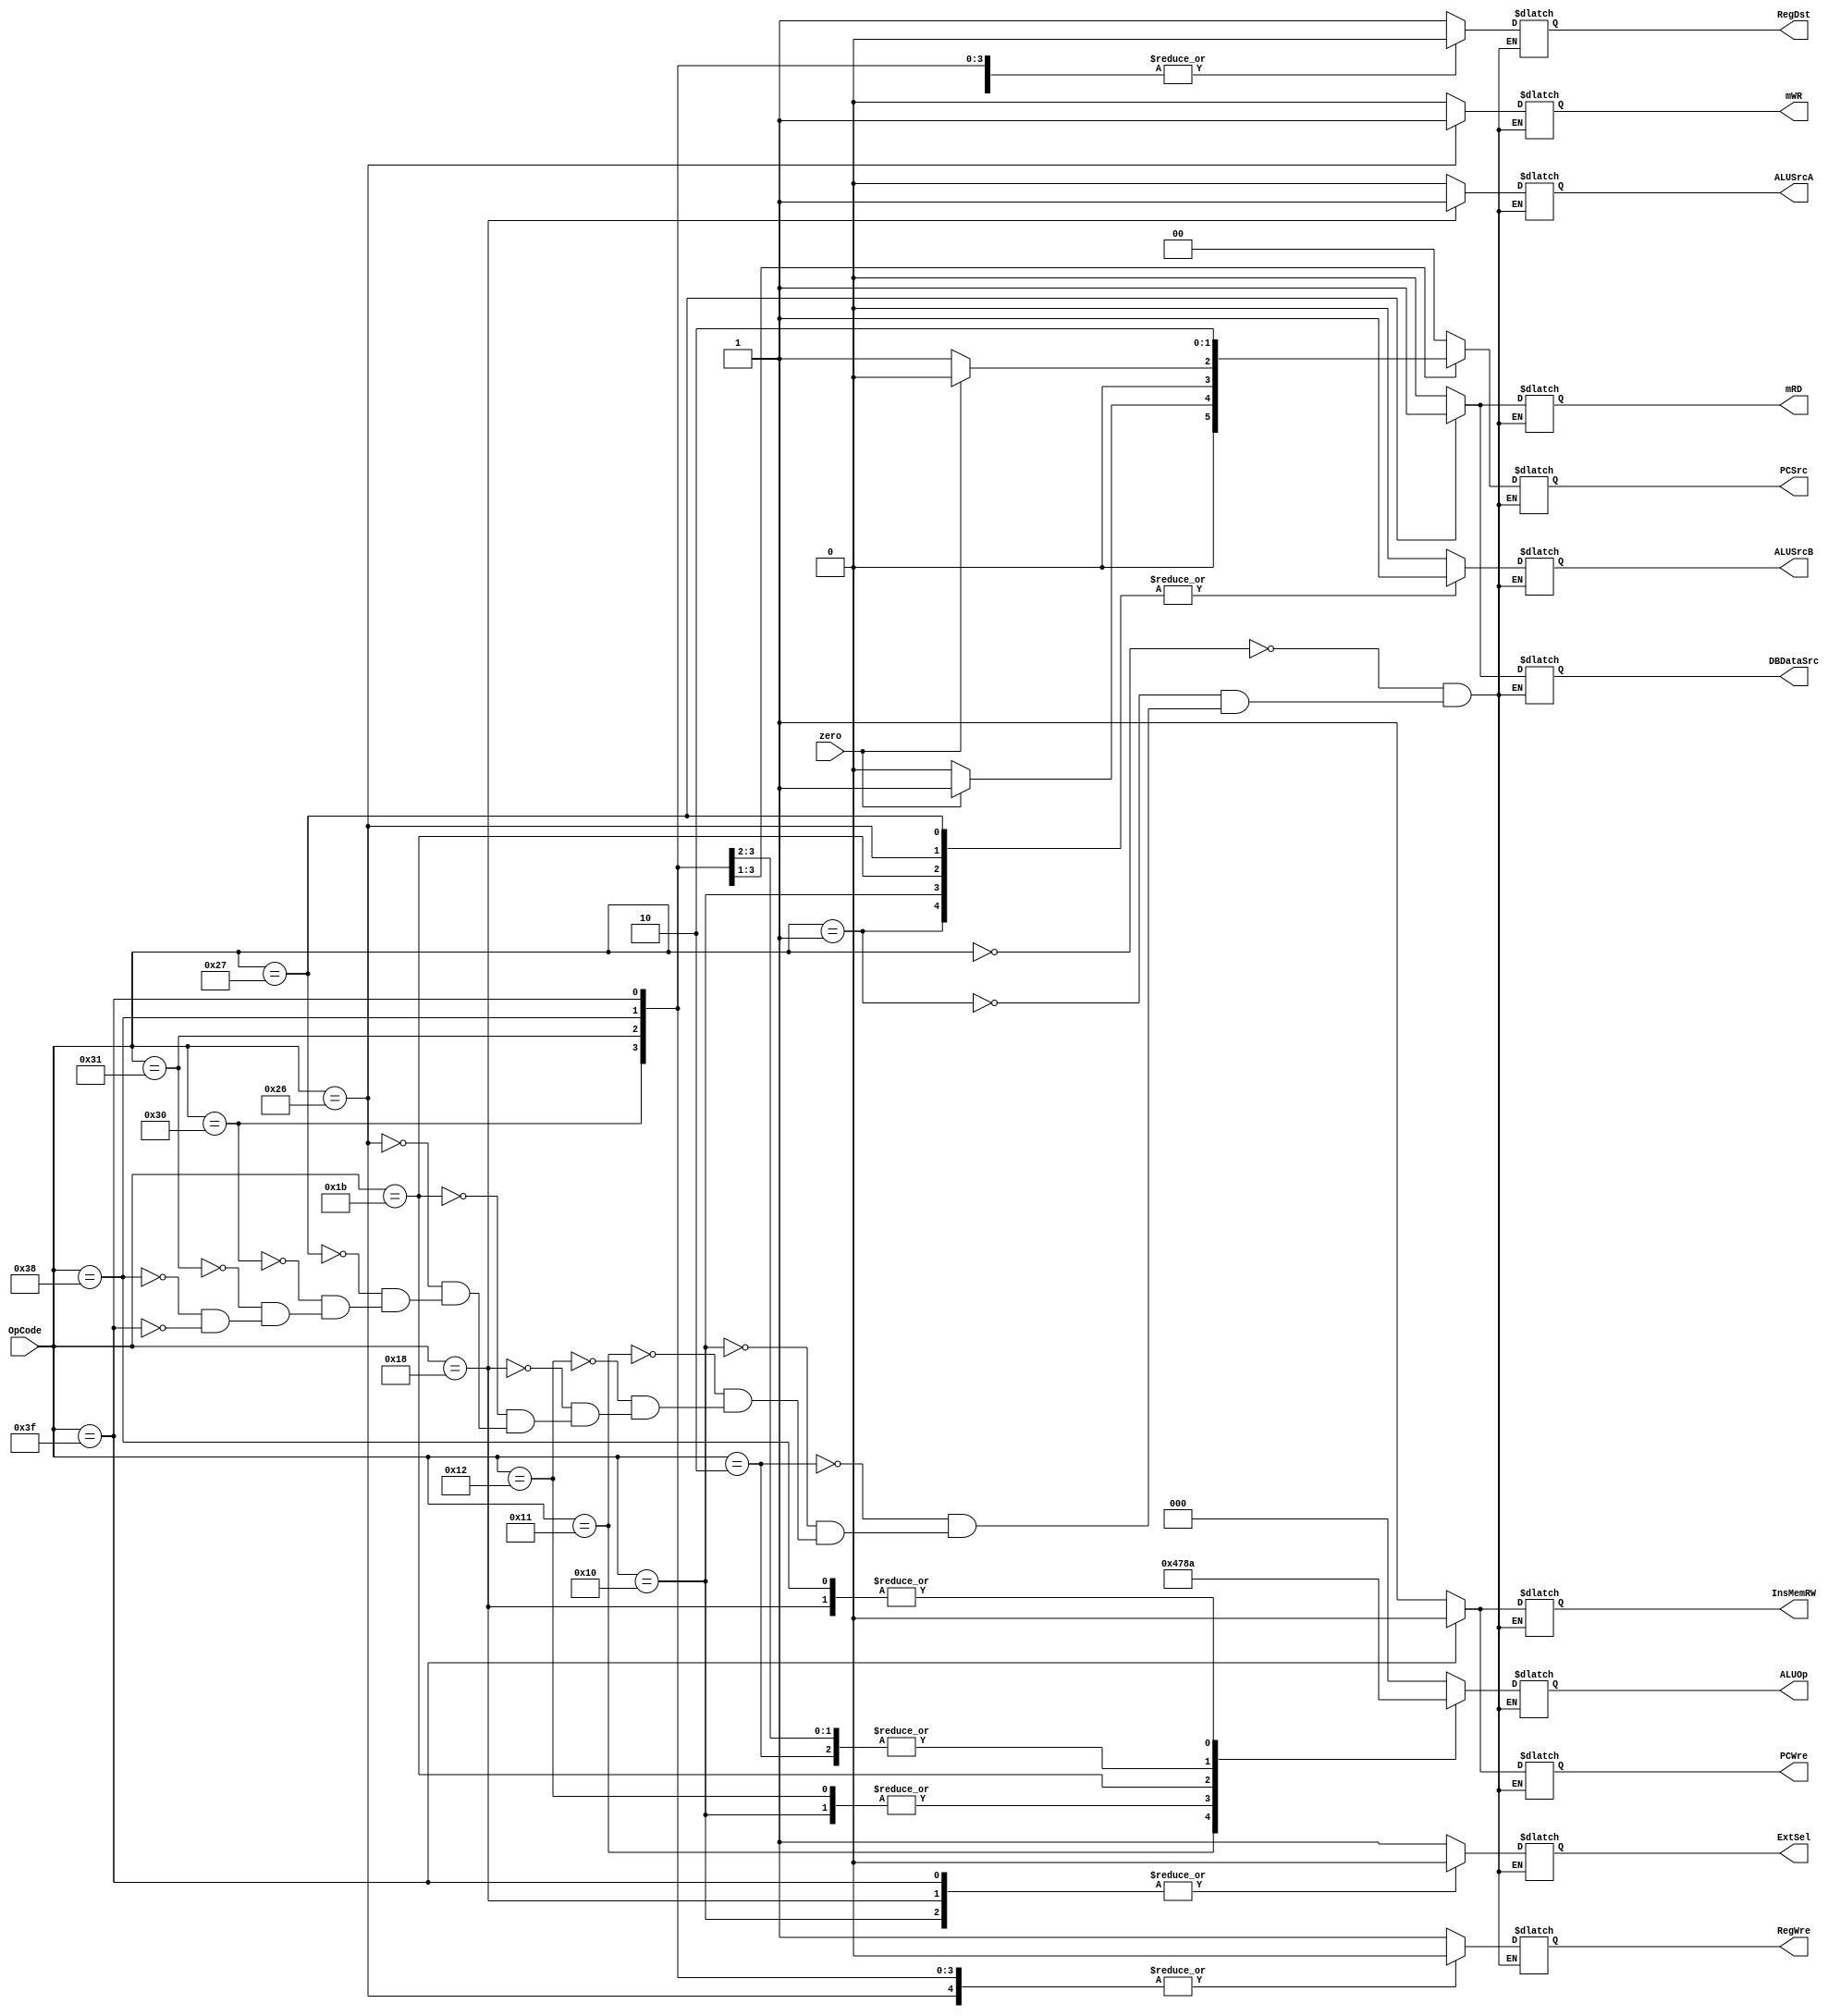
`timescale 1ns / 1ps
//////////////////////////////////////////////////////////////////////////////////
// Company: 
// Engineer: 
// 
// Design Name: 
// Module Name: ControlUnit
// Project Name: 
// Target Devices: 
// Tool Versions: 
// Description: 
// 
// Dependencies: 
// 
// Revision:
// Revision 0.01 - File Created
// Additional Comments:
// 
//////////////////////////////////////////////////////////////////////////////////


module ControlUnit(
    input [5:0] OpCode,
    input zero, 
    // 
    output reg ExtSel,
    // PC
    output reg PCWre,
    // 
    output reg InsMemRW,
    // ALU
    output reg ALUSrcA,
    // ALU
    output reg ALUSrcB,
    // 
    output reg mRD,
    // 
    output reg mWR,
    // 
    output reg DBDataSrc,
    // 
    output reg RegWre,
    // 
    output reg RegDst,
    // 
    output reg [1:0] PCSrc,
    // operator 3 bits
    output reg [2:0] ALUOp);

    initial begin
        ExtSel = 0;
        PCWre = 0;
        InsMemRW = 1;
        ALUSrcA = 0;
        ALUSrcB = 0;
        RegDst = 0;
        DBDataSrc = 0;
        RegWre = 0;
    end

    always@(OpCode or zero) 
    begin
        case(OpCode)
            6'b000000:
            // add
            begin
                PCWre = 1;
                InsMemRW = 1;
                mRD = 0;
                mWR = 0;
                ALUSrcA = 0;
                ALUSrcB = 0;
                ExtSel = 1;
                DBDataSrc = 0;
                RegWre = 1;
                RegDst = 1;
                PCSrc = 00;
                ALUOp = 000;
            end
            6'b000001:
            // addi
            begin
                PCWre = 1;
                InsMemRW = 1;
                mRD = 0;
                mWR = 0;
                ALUSrcA = 0;
                ALUSrcB = 1;
                ExtSel = 1;
                DBDataSrc = 0;
                RegWre = 1;
                RegDst = 0;
                PCSrc = 00;
                ALUOp = 000;
            end
            6'b000010:
            // sub
            begin
                PCWre = 1;
                InsMemRW = 1;
                mRD = 0;
                mWR = 0;
                ALUSrcA = 0;
                ALUSrcB = 0;
                ExtSel = 1;
                DBDataSrc = 0;
                RegWre = 1;
                RegDst = 1;
                PCSrc = 00;
                ALUOp = 001;
            end
            6'b010000:
            // ori
            begin
                PCWre = 1;
                InsMemRW = 1;
                mRD = 0;
                mWR = 0;
                ALUSrcA = 0;
                ALUSrcB = 1;
                ExtSel = 0;
                DBDataSrc = 0;
                RegWre = 1;
                RegDst = 0;
                PCSrc = 00;
                ALUOp = 011;
            end
            6'b010001:
            // and
            begin
                PCWre = 1;
                InsMemRW = 1;
                mRD = 0;
                mWR = 0;
                ALUSrcA = 0;
                ALUSrcB = 0;
                ExtSel = 1;
                DBDataSrc = 0;
                RegWre = 1;
                RegDst = 1;
                PCSrc = 00;
                ALUOp = 100;
            end
            6'b010010:
            // or
            begin
                PCWre = 1;
                InsMemRW = 1;
                mRD = 0;
                mWR = 0;
                ALUSrcA = 0;
                ALUSrcB = 0;
                ExtSel = 1;
                DBDataSrc = 0;
                RegWre = 1;
                RegDst = 1;
                PCSrc = 00;
                ALUOp = 011;
            end
            6'b011000:
            // sll
            begin
                PCWre = 1;
                InsMemRW = 1;
                mRD = 0;
                mWR = 0;
                ALUSrcA = 1;
                ALUSrcB = 0;
                ExtSel = 0;
                DBDataSrc = 0;
                RegWre = 1;
                RegDst = 1;
                PCSrc = 00;
                ALUOp = 010;
            end
            6'b011011:
            // slti
            begin
                PCWre = 1;
                InsMemRW = 1;
                mRD = 0;
                mWR = 0;
                ALUSrcA = 0;
                ALUSrcB = 1;
                ExtSel = 1;
                DBDataSrc = 0;
                RegWre = 1;
                RegDst = 0;
                PCSrc = 00;
                ALUOp = 110;
            end
            6'b100110:
            // sw
            begin
                PCWre = 1;
                InsMemRW = 1;
                mRD = 0;
                mWR = 1;
                ALUSrcA = 0;
                ALUSrcB = 1;
                ExtSel = 1;
                DBDataSrc = 0;
                RegWre = 0;
                RegDst = 0;
                PCSrc = 00;
                ALUOp = 000;
            end
            6'b100111:
            // lw
            begin
                PCWre = 1;
                InsMemRW = 1;
                mRD = 1;
                mWR = 0;
                ALUSrcA = 0;
                ALUSrcB = 1;
                ExtSel = 1;
                DBDataSrc = 1;
                RegWre = 1;
                RegDst = 0;
                PCSrc = 00;
                ALUOp = 000;
            end
            6'b110000:
            // beq
            begin
                PCWre = 1;
                if (zero) 
                begin
                    PCSrc = 01;
                end 
                else 
                begin
                    PCSrc = 00;
                end
                InsMemRW = 1;
                mRD = 0;
                mWR = 0;
                ALUSrcA = 0;
                ALUSrcB = 0;
                DBDataSrc = 0;
                RegWre = 0;
                RegDst = 0;
                ExtSel = 1;
                ALUOp = 001;
            end
            6'b110001:
            // bne
            begin
                PCWre = 1;
                if (zero) 
                begin
                    PCSrc = 00;
                end 
                else 
                begin
                    PCSrc = 01;
                end
                InsMemRW = 1;
                mRD = 0;
                mWR = 0;
                ALUSrcA = 0;
                ALUSrcB = 0;
                RegDst = 0;
                DBDataSrc = 0;
                RegWre = 0;
                ExtSel = 1;
                ALUOp = 001;
            end
            6'b111000:
            // j
            begin
                PCWre = 1;
                InsMemRW = 1;
                mRD = 0;
                mWR = 0;
                ALUSrcA = 0;
                ALUSrcB = 0;
                ExtSel = 1;
                DBDataSrc = 0;
                RegWre = 0;
                RegDst = 0;
                PCSrc = 10;
                ALUOp = 010;
            end
            6'b111111:
            // halt
            begin
                PCWre = 0;
                InsMemRW = 0;
                mRD = 0;
                mWR = 0;
                ALUSrcA = 0;
                ALUSrcB = 0;
                ExtSel = 0;
                RegDst = 0;
                DBDataSrc = 0;
                RegWre = 0;
                PCSrc = 00;
                ALUOp = 000;
            end
    endcase
  end
endmodule